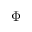
\boldsymbol \Phi